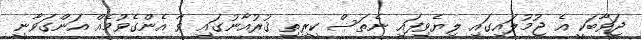
ޖަވާބަކީ އެ ޖުމުލައިގައި ލިޔެވިފައި ނެތަސް ކީރިތި ޤުރުއާނުގައި ވާ އެންގެވުމެއް އަންގަވާނީ